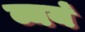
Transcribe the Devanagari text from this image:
व्ययं